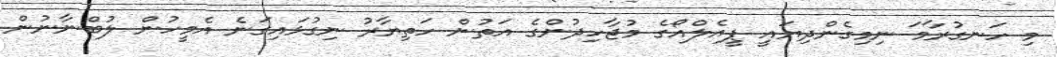
މި ހަނގުރާމަ ނިމިގެންދިޔައީ ޕީއެލްއޯގެ މުޖާހިދުންގެ އަތުން ހަތިޔާރު ނިގުޅައިގަނެ އެމީހުން ލުބްނާނުން